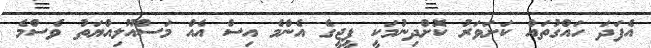
އެފަދަ ހައްގުތައް ކަށަވަރު ކޮށްދިނުމަކީ ޕީޖީގެ އެންމެ އިސް އެއް މަސްއޫލިއްޔަތު ވެސްމެ